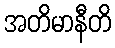
အတိမာနီတိ